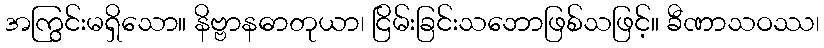
အကြွင်းမရှိသော။ နိဗ္ဗာနဓာတုယာ၊ ငြိမ်းခြင်းသဘောဖြစ်သဖြင့်။ ခီဏာသဝဿ၊